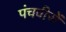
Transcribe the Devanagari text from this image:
पंचवीरों